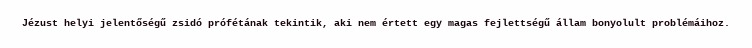
Jézust helyi jelentőségű zsidó prófétának tekintik, aki nem értett egy magas fejlettségű állam bonyolult problémáihoz.